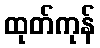
ထုတ်ကုန်